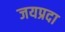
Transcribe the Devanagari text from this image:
जयप्रदा